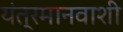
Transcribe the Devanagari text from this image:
यंत्रमानवाशी